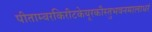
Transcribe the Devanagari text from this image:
पीताम्बरकिरीटकेयूरकौस्तुभवनमालाधरं